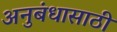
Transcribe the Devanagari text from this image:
अनुबंधासाठी